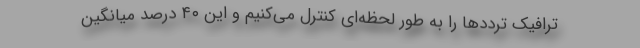
ترافیک تردد‌ها را به طور لحظه‌ای کنترل می‌کنیم و این ۴۰ درصد میانگین